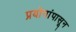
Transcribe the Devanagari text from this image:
प्रयोगांपासून